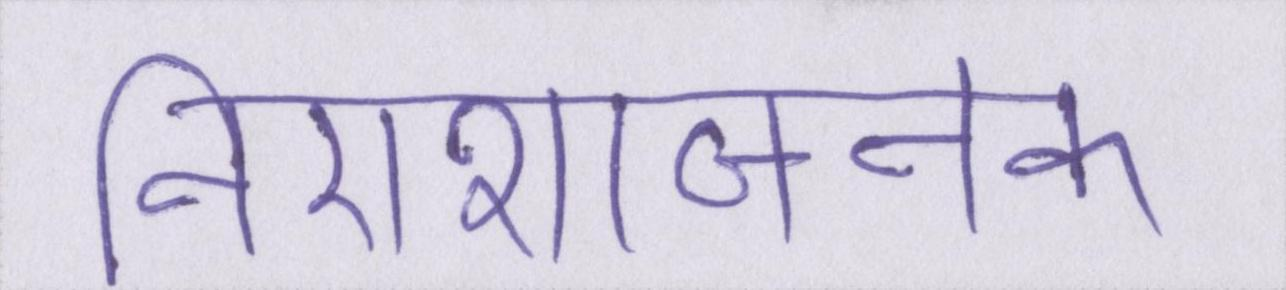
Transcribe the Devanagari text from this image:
निराशाजनक